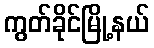
ကွတ်ခိုင်မြို့နယ်